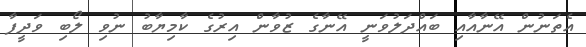
އެތަނުން އޭނާއާއި ބައްދަލުވަނީ އޭނާގެ ޒުވާން އިރުގެ ކާމިޔާބު ނުވި ލޯބި ވަދީފާ